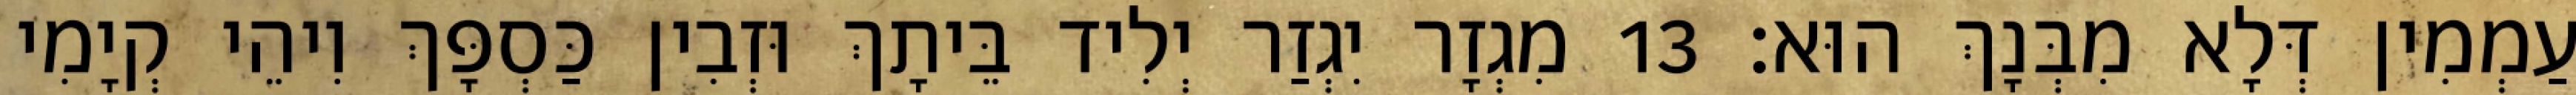
עַמְמִין דְּלָא מִבְּנָךְ הוּא׃ 13 מִגְזָר יִגְזַר יְלִיד בֵּיתָךְ וּזְבִין כַּסְפָּךְ וִיהֵי קְיָמִי